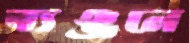
ব্যঞ্জনে